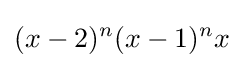
(x-2)^{n}(x-1)^{n}x